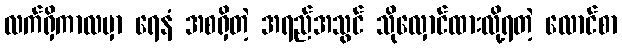
လက်ရှိကာလမှာ ရေနံ အစရှိတဲ့ အရည်အသွင် သိုလှောင်ထားလို့ရတဲ့ လောင်စာ